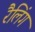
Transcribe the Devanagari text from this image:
रैलिंग